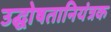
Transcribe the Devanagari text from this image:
उद्घोषतानियंत्रक